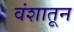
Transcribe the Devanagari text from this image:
वंशातून